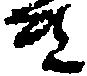
き